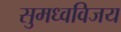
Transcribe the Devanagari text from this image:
सुमध्वविजय